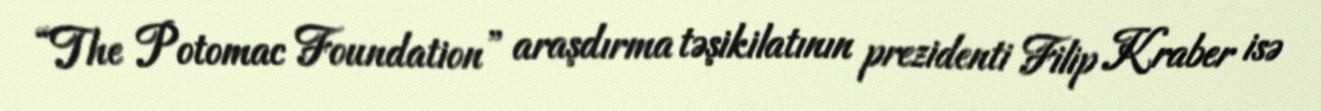
“The Potomac Foundation” araşdırma təşikilatının prezidenti Filip Kraber isə